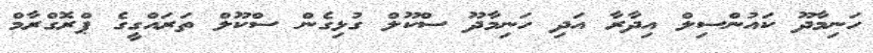
ހަނިމާދޫ ކައުންސިލް އިދާރާ އަދި ހަނިމާދޫ ސްކޫލް ގުޅިގެން ސްކޫލް ތަރައްގީގެ ޕްރޮގްރާމް